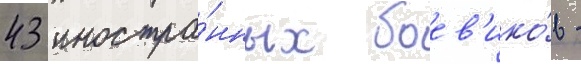
43 иностра́нных боев'ико́в -